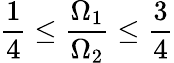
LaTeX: \frac{1}{4}\leq\frac{\Omega_{1}}{\Omega_{2}}\leq\frac{3}{4}